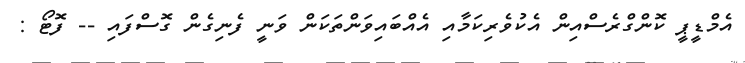
އެމްޑީޕީ ކޮންގްރެސްއިން އެކުވެރިކަމާއި އެއްބައިވަންތަކަން ވަނީ ފެނިގެން ގޮސްފައި -- ފޮޓޯ :